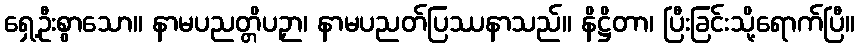
ရှေ့ဦးစွာသော။ နာမပညတ္တိပဉှာ၊ နာမပညတ်ပြဿနာသည်။ နိဋ္ဌိတာ၊ ပြီးခြင်းသို့ရောက်ပြီ။